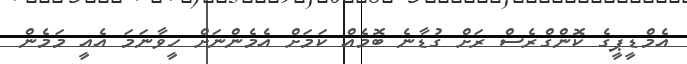
އެމްޑީޕީގެ ކޮންގްރެސް ރަށް ގުޑާނެ ބޮމެއް ކަމަށް އެމެންނަށް ހީވާނަމަ އެއީ މަމެން